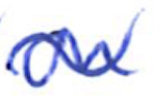
Text: on
Cross-out: wave
Writing tool: ballpoint